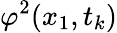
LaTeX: \varphi^{2}(x_{1},t_{k})